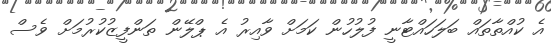
އެ ކުއްތާތައް ބަލަހައްޓާނީ ފުލުހުން ކަމަށް ވާއިރު އެ ޕްލޭން ތަންފީޒުކުރުމަށް ވެސް